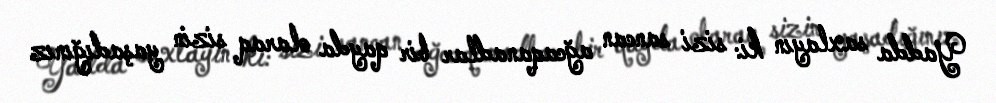
Yadda saxlayın ki: sizi sancan ağcaqanadlar bir qayda olaraq sizin yaşadığınız